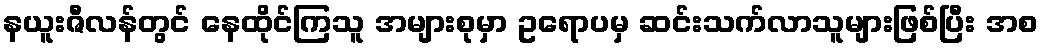
နယူးဇီလန်တွင် နေထိုင်ကြသူ အများစုမှာ ဥရောပမှ ဆင်းသက်လာသူများဖြစ်ပြီး အစ